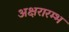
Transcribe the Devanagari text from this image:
अक्षरारम्भ